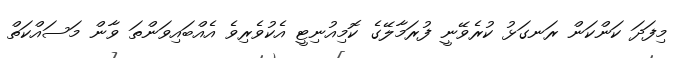
މިފަދަ ކަންކަން ރަނގަޅު ކުރެވޭނީ ފުރަމާލޭގެ ކޮމިއުނިޓީ އެކުވެރިވެ އެއްބައިވަންތަ ވާން މަސައްކަތް